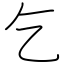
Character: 乞